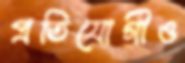
প্রতিযোগীও